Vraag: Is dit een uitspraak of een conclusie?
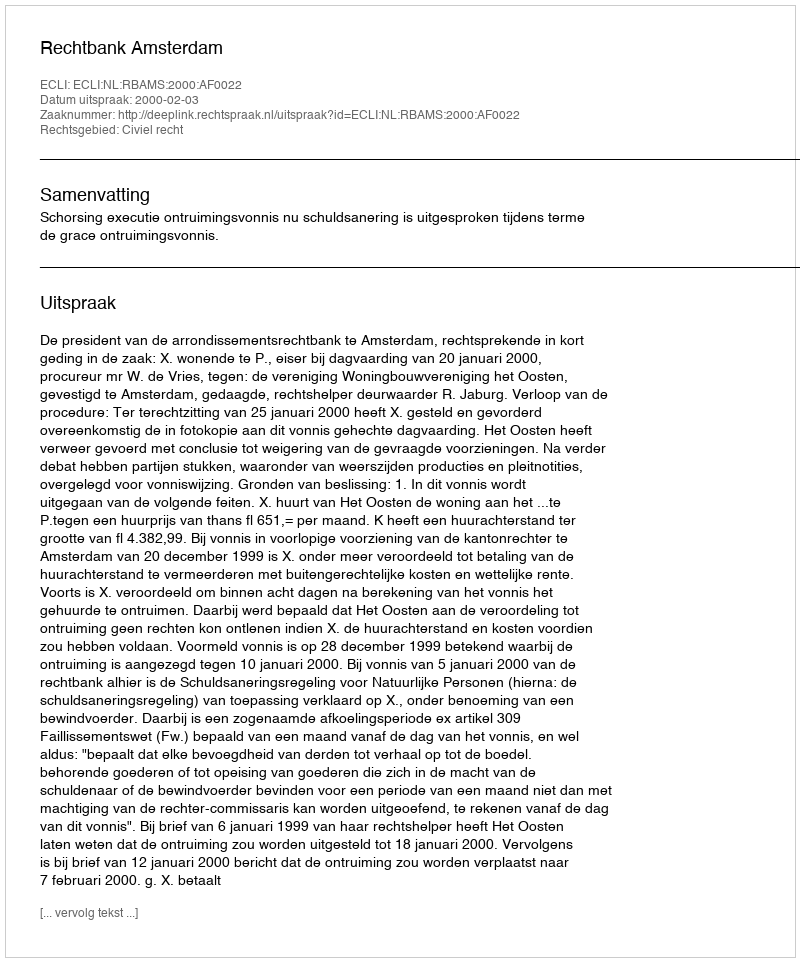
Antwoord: Uitspraak